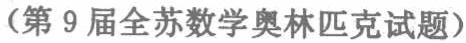
（第9届全苏数学奥林匹克试题）